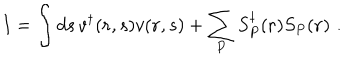
LaTeX: I = \int d s \, v ^ { \dagger } ( { \bf r } , s ) v ( { \bf r } , s ) + \sum _ { P } S _ { P } ^ { \dagger } ( { \bf r } ) S _ { P } ( { \bf r } ) \, \, .